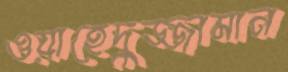
ওয়াহেদুজ্জামান